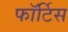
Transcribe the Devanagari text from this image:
फॉर्टिस